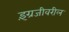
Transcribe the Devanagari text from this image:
इंग्रजीवरील